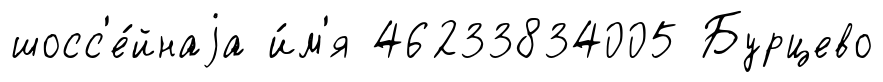
шосс'е́йнаjа и́м'я 46233834005 Бурцево